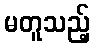
မတူသည့်